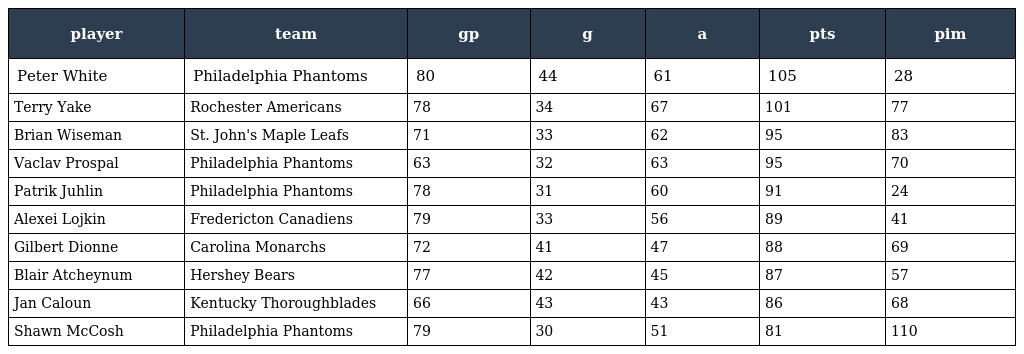
| player | team | gp | g | a | pts | pim |
 | --- | --- | --- | --- | --- | --- | --- |
 | Peter White | Philadelphia Phantoms | 80 | 44 | 61 | 105 | 28 |
 | Terry Yake | Rochester Americans | 78 | 34 | 67 | 101 | 77 |
 | Brian Wiseman | St. John's Maple Leafs | 71 | 33 | 62 | 95 | 83 |
 | Vaclav Prospal | Philadelphia Phantoms | 63 | 32 | 63 | 95 | 70 |
 | Patrik Juhlin | Philadelphia Phantoms | 78 | 31 | 60 | 91 | 24 |
 | Alexei Lojkin | Fredericton Canadiens | 79 | 33 | 56 | 89 | 41 |
 | Gilbert Dionne | Carolina Monarchs | 72 | 41 | 47 | 88 | 69 |
 | Blair Atcheynum | Hershey Bears | 77 | 42 | 45 | 87 | 57 |
 | Jan Caloun | Kentucky Thoroughblades | 66 | 43 | 43 | 86 | 68 |
 | Shawn McCosh | Philadelphia Phantoms | 79 | 30 | 51 | 81 | 110 |